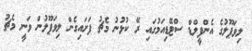
ލިވަޕޫލުގެ އެންފީލްޑް ސްޓޭޑިއަމުގައި ރޭ ކުޅުނު މެޗު ފަށައިގެން ލިވަޕޫލުން ވަނީ މެޗު